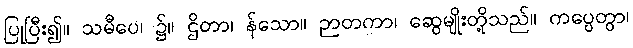
ပြုပြီး၍။ သမီပေ၊ ၌။ ဌိတာ၊ န်သော။ ဉာတကာ၊ ဆွေမျိုးတို့သည်။ ကပ္ပေတွာ၊